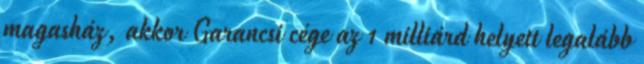
magasház, akkor Garancsi cége az 1 milliárd helyett legalább